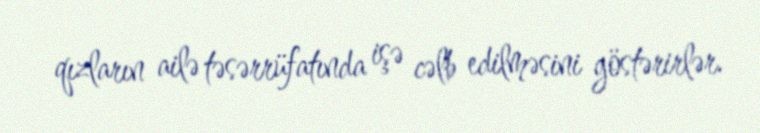
qızların ailə təsərrüfatında işə cəlb edilməsini göstərirlər.